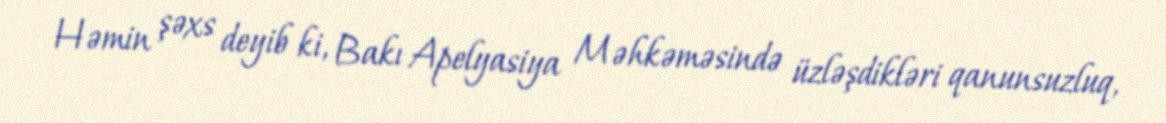
Həmin şəxs deyib ki, Bakı Apelyasiya Məhkəməsində üzləşdikləri qanunsuzluq,